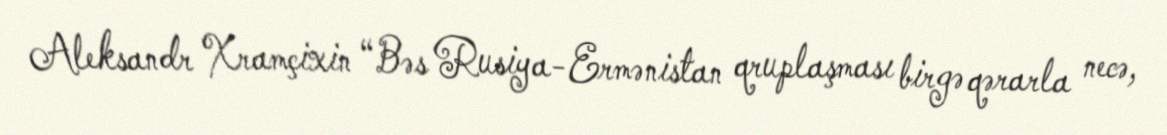
Aleksandr Xramçixin “Bəs Rusiya-Ermənistan qruplaşması birgə qərarla necə,